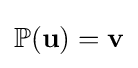
\mathbb {P} (\mathbf {u} )=\mathbf {v}